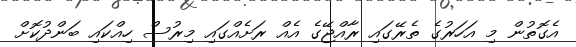
އެގޮތުން މި އަހަރުގެ ތެރޭގައި ރާއްޖޭގެ އެއް ރަށެއްގައި މިރުސް ހިއްކައި ބަންދުކޮށް